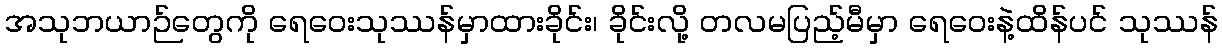
အသုဘယာဉ်တွေကို ရေဝေးသုဿန်မှာထားခိုင်း၊ ခိုင်းလို့ တလမပြည့်မီမှာ ရေဝေးနဲ့ထိန်ပင် သုဿန်